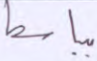
بباسط